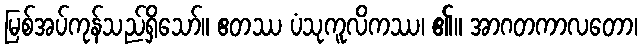
မြစ်အပ်ကုန်သည်ရှိသော်။ ဧတဿ ပံသုကူလိကဿ၊ ၏။ အာဂတကာလတော၊